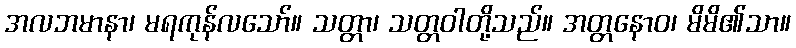
အလဘမာနာ၊ မရကုန်လသော်။ သတ္တာ၊ သတ္တဝါတို့သည်။ အတ္တနောဝ၊ မိမိ၏သာ။